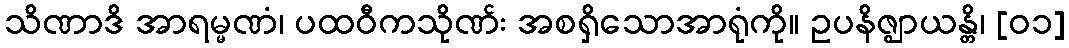
သိဏာဒိ အာရမ္မဏံ၊ ပထဝီကသိုဏ်း အစရှိသောအာရုံကို။ ဥပနိဇ္ဈာယန္တိ၊ [၀၁]